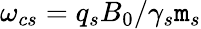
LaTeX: \omega_{cs}=q_{s}B_{0}/\gamma_{s}\mathtt{m}_{s}